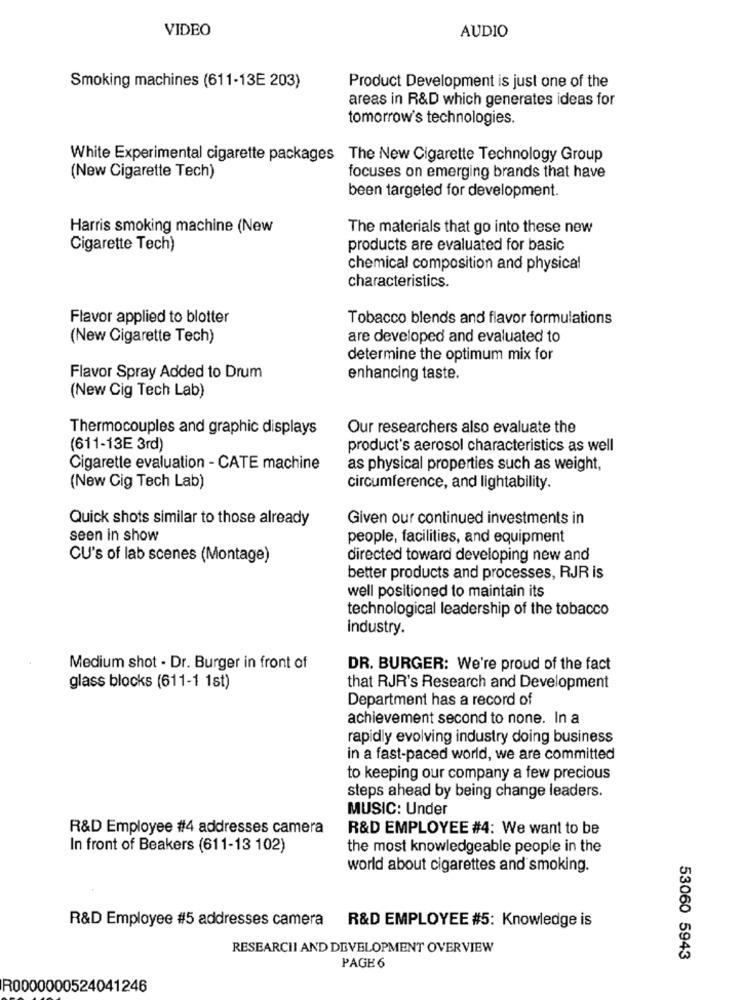
VIDEO
AUDIO
Smoking machines (611-13E 203)
Product Development is just one of the
areas in R&D which generates ideas for
tomorrow's technologies.
White Experimental cigarette packages The New Cigarette Technology Group
(New Cigarette Tech)
focuses on emerging brands that have
been targeted for development.
Harris smoking machine (New
The materials that go into these new
Cigarette Tech)
products are evaluated for basic
chemical composition and physical
characteristics.
Flavor applied to blotter
Tobacco blends and flavor formulations
(New Cigarette Tech)
are developed and evaluated to
determine the optimum mix for
Flavor Spray Added to Drum
enhancing taste.
(New Cig Tech Lab)
Thermocouples and graphic displays
Our researchers also evaluate the
(611-13E 3rd)
product's aerosol characteristics as well
Cigarette evaluation - CATE machine
as physical properties such as weight,
(New Cig Tech Lab)
circumference, and lightability.
Quick shots similar to those already
Given our continued investments in
seen in show
people, facilities, and equipment
CU's of lab scenes (Montage)
directed toward developing new and
better products and processes, RJR is
well positioned to maintain its
technological leadership of the tobacco
industry.
Medium shot - Dr. Burger in front of
DR. BURGER: We're proud of the fact
glass blocks (611-1 1st)
that RJR's Research and Development
Department has a record of
achievement second to none. In a
rapidly evolving industry doing business
in a fast-paced world, we are committed
to keeping our company a few precious
steps ahead by being change leaders.
MUSIC: Under
R&D Employee #4 addresses camera
R&D EMPLOYEE #4: We want to be
In front of Beakers (611-13 102)
the most knowledgeable people in the
world about cigarettes and smoking.
R&D Employee #5 addresses camera R&D EMPLOYEE #5: Knowledge is
RESEARCHI AND DEVELOPMENT OVERVIEW
PAGE 6
53060 5943
R0000000524041246